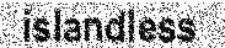
islandless